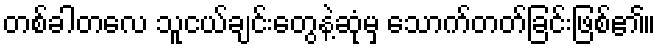
တစ်ခါတလေ သူငယ်ချင်းတွေနဲ့ဆုံမှ သောက်တတ်ခြင်းဖြစ်၏။